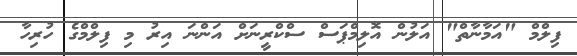
ފިލްމް "އަމާނާތް" އަލުން އޮލިމްޕަސް ސްކްރީނަށް އަންނަ އިރު މި ފިލްމްގެ ހުރިހާ